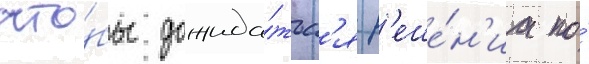
что́бы дожида́тьс'я р'еше́н'иа по́